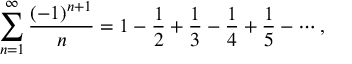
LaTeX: \sum _ { n = 1 } ^ { \infty } { \frac { ( - 1 ) ^ { n + 1 } } { n } } = 1 - { \frac { 1 } { 2 } } + { \frac { 1 } { 3 } } - { \frac { 1 } { 4 } } + { \frac { 1 } { 5 } } - \cdots ,